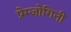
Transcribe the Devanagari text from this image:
प्रेम्जोगिनी